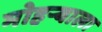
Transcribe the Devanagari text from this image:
मोहऱ्याला